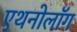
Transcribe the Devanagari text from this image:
एथनोलॉग